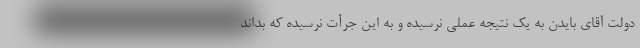
دولت آقای بایدن به یک نتیجه عملی نرسیده و به این جرأت نرسیده که بداند